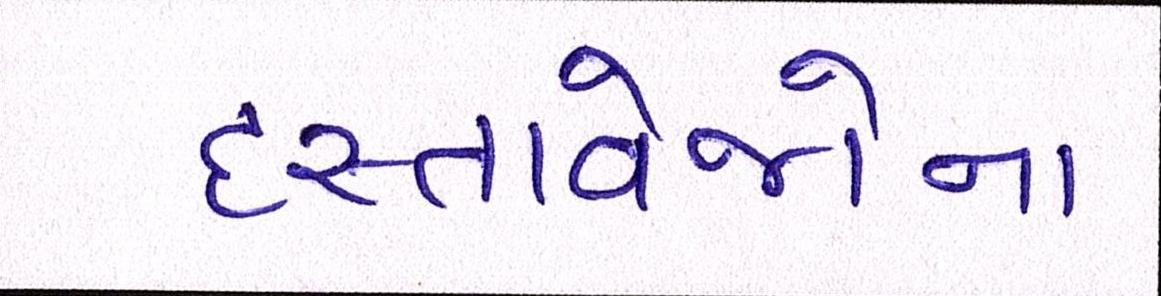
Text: દસ્તાવેજોના